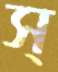
স্